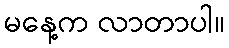
မနေ့က လာတာပါ။